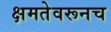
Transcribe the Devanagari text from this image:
क्षमतेवरूनच